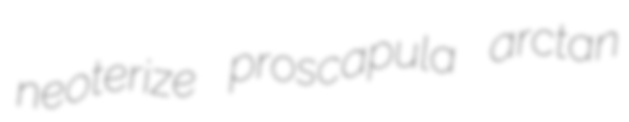
neoterize proscapula arctan